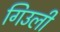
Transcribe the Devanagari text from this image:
गिउली